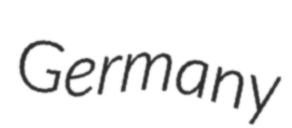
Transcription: Germany